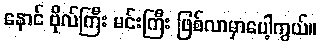
နောင် ဗိုလ်ကြီး မင်းကြီး ဖြစ်လာမှာပေါ့ကွယ်။